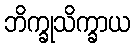
ဘိက္ခုသိက္ခာယ